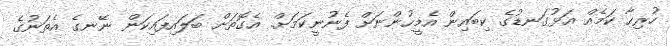
ހުރިހާ ކަމެއް އަޅުގަނޑުގެ ކިބައިން އެމީހުންނަށް ފެނުނީކަމަށް. އެގޮތަށް ބަލައިފައިކަން ނޭނގެ އެތަނުގެ